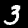
Label: 3